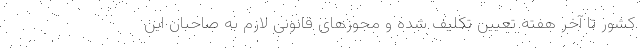
کشور تا آخر هفته تعیین تکلیف شده و مجوزهای قانونی لازم به صاحبان این